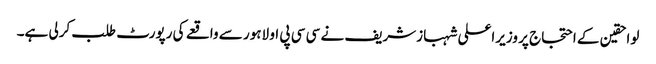
لواحقین کے احتجاج پر وزیراعلی شہبازشریف نے سی سی پی او لاہور سے واقعے کی رپورٹ طلب کرلی ہے۔